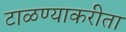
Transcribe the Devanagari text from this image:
टाळण्याकरीता